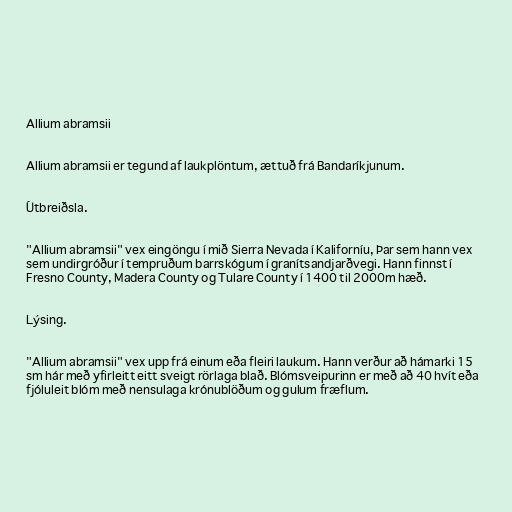
Allium abramsii

Allium abramsii er tegund af laukplöntum, ættuð frá Bandaríkjunum.

Útbreiðsla.

"Allium abramsii" vex eingöngu í mið Sierra Nevada í Kaliforníu, Þar sem hann vex
sem undirgróður í tempruðum barrskógum í granítsandjarðvegi. Hann finnst í
Fresno County, Madera County og Tulare County í 1400 til 2000m hæð.

Lýsing.

"Allium abramsii" vex upp frá einum eða fleiri laukum. Hann verður að hámarki 15
sm hár með yfirleitt eitt sveigt rörlaga blað. Blómsveipurinn er með að 40 hvít eða
fjóluleit blóm með nensulaga krónublöðum og gulum fræflum.